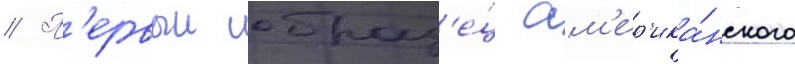
// П'ервыи образ'е́ц ам'ер'ика́нского